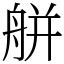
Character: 䑫